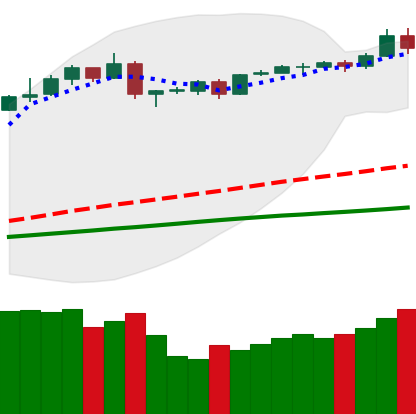
Ticker: BTC-USD
Chart end date: 2019-04-24
Forward return: -3.98%
Label: down_3_5